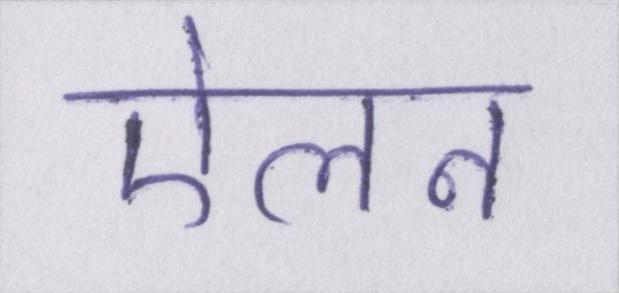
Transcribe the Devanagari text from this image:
ऐलन